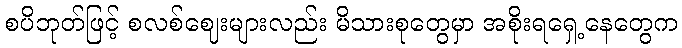
စပိဘုတ်ဖြင့် စလစ်ဈေးများလည်း မိသားစုတွေမှာ အစိုးရရှေ့နေတွေက